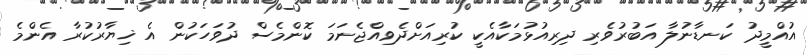
އުއްމީދު ކަނޑާނުލާ އަބުރުވެރި ދިރިއުޅުމަކާއެކީ ކުރިއަށްދެވިއްޖެނަމަ ކޮންމެސް ދުވަހަކުން އެ ޚިޔާރުކުރާ އެންމެ